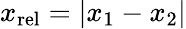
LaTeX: x_{\mathrm{rel}}=|x_{1}-x_{2}|